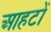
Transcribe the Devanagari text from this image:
आहटों